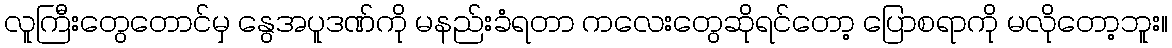
လူကြီးတွေတောင်မှ နွေအပူဒဏ်ကို မနည်းခံရတာ ကလေးတွေဆိုရင်တော့ ပြောစရာကို မလိုတော့ဘူး။